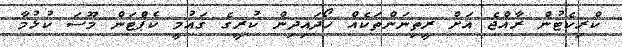
ކްރިކެޓުން ރާއްޖެ އަށް ރީތިނަންތަކެއް ހޯދައިދިން ކުރީގެ ގައުމީ ކެޕްޓަން މޫސަ ކުޅުމާ